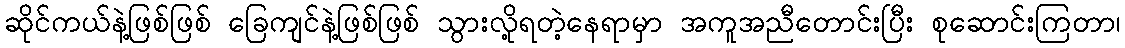
ဆိုင်ကယ်နဲ့ဖြစ်ဖြစ် ခြေကျင်နဲ့ဖြစ်ဖြစ် သွားလို့ရတဲ့နေရာမှာ အကူအညီတောင်းပြီး စုဆောင်းကြတာ၊